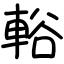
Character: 輍